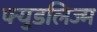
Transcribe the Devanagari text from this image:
फ्युडलिज्म